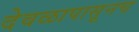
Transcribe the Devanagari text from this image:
देवळापासूनच